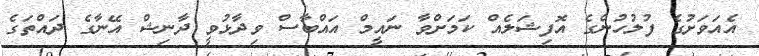
އެއަވަށުގެ ފުލުހުންގެ އޮފިޝަލެއް ކަމަށްވާ ނައީމް އައްބާސް ވިދާޅުވީ ދާނިޝް އޭނާގެ ދައްތަގެ